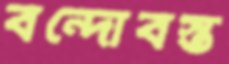
বন্দোবস্ত